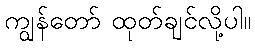
ကျွန်တော် ထုတ်ချင်လို့ပါ။